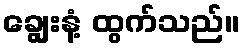
ချွေးနံ့ ထွက်သည်။